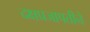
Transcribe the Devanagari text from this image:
दक्षप्रजापतीने